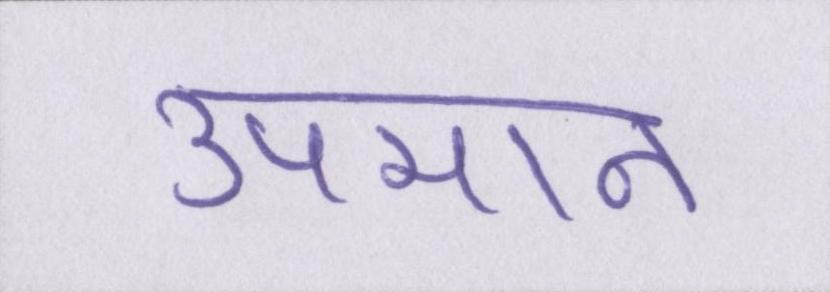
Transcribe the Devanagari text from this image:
उपमान